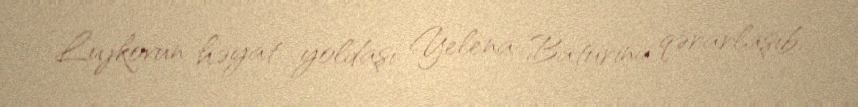
Lujkovun həyat yoldaşı Yelena Baturina qərarlaşıb.